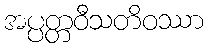
အပ္ပတ္တဝီသတိဝဿာ